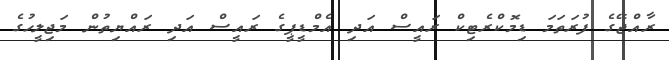
ރާއްޖޭގެ ފުރަތަމަ ޑިމޮކްރެޓިކް ރައީސް އަދި އެމްޑީޕީގެ ރައީސް އަދި ރައްޔިތުން މަޖިލީހުގެ